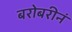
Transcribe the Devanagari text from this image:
बरोबरीनं